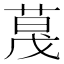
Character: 𬝏